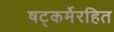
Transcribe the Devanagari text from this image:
षट्‍कर्मेरहित